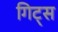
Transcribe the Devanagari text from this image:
गिट्स